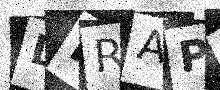
Text: DHRAP3